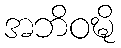
အဘိဝဍ္ဎိ